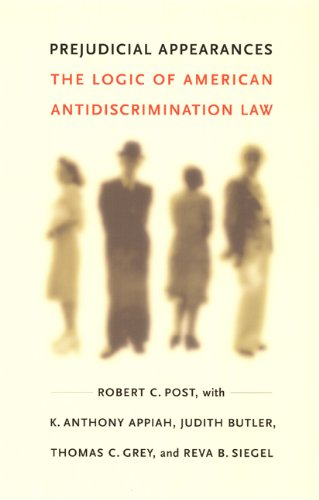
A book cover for Prejudicial Appearances: The Logic of American Antidiscrimination Law; Robert C. Post; Law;